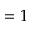
= 1